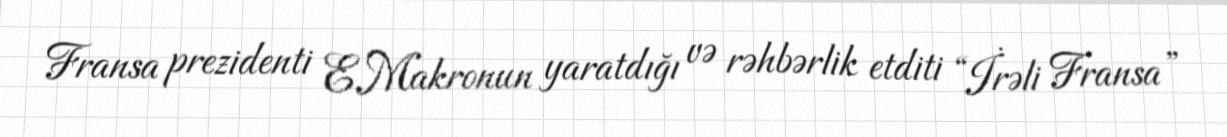
Fransa prezidenti E.Makronun yaratdığı və rəhbərlik etditi “İrəli Fransa”